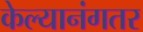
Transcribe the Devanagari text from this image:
केल्यानंगतर